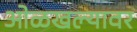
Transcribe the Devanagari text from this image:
ओळखल्यावर